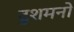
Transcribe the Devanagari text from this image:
दुशमनो